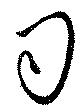
司